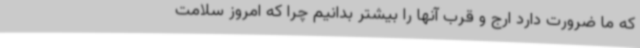
که ما ضرورت دارد ارج و قرب آنها را بیشتر بدانیم چرا که امروز سلامت